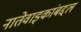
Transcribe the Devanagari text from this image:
नातेवाइकांबद्दल